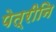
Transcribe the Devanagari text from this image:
पेत्रीनि